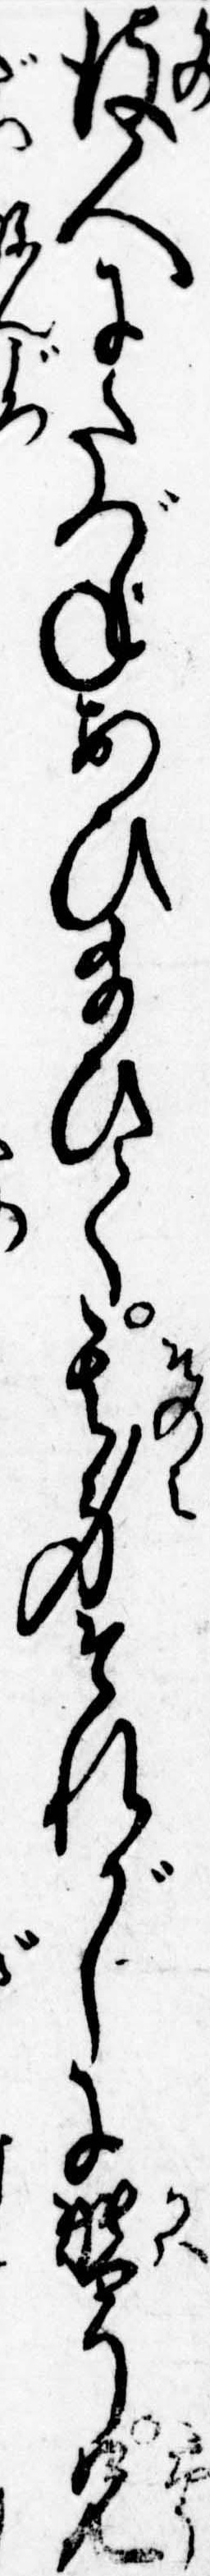
彼人にたづねあひ給ひて其身それがしに替り兄